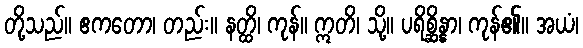
တို့သည်။ ဧကတော၊ တည်း။ နတ္ထိ၊ ကုန်။ ဣတိ၊ သို့။ ပရိစ္ဆိန္နာ၊ ကုန်၏။ အယံ၊